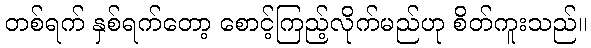
တစ်ရက် နှစ်ရက်တော့ စောင့်ကြည့်လိုက်မည်ဟု စိတ်ကူးသည်။